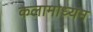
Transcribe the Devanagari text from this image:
कलामाध्यम